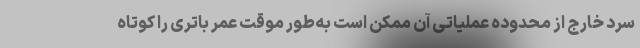
سرد خارج از محدوده عملیاتی آن ممکن است به‌طور موقت عمر باتری را کوتاه